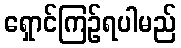
ရှောင်ကြဉ်ရပါမည်